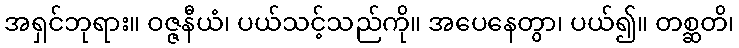
အရှင်ဘုရား။ ဝဇ္ဇနီယံ၊ ပယ်သင့်သည်ကို။ အပေနေတွာ၊ ပယ်၍။ တစ္ဆတိ၊